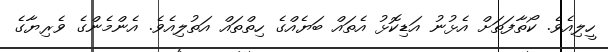
ހީލިއެވެ. ކޯތާފަތަށް އެޅުނު އަޑިކޮޅު އެތައް ބަޔެއްގެ ހިތްތައް އަތުލިއެވެ. އެންމެންގެ ވެރިޔާގެ